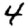
Digit: 4